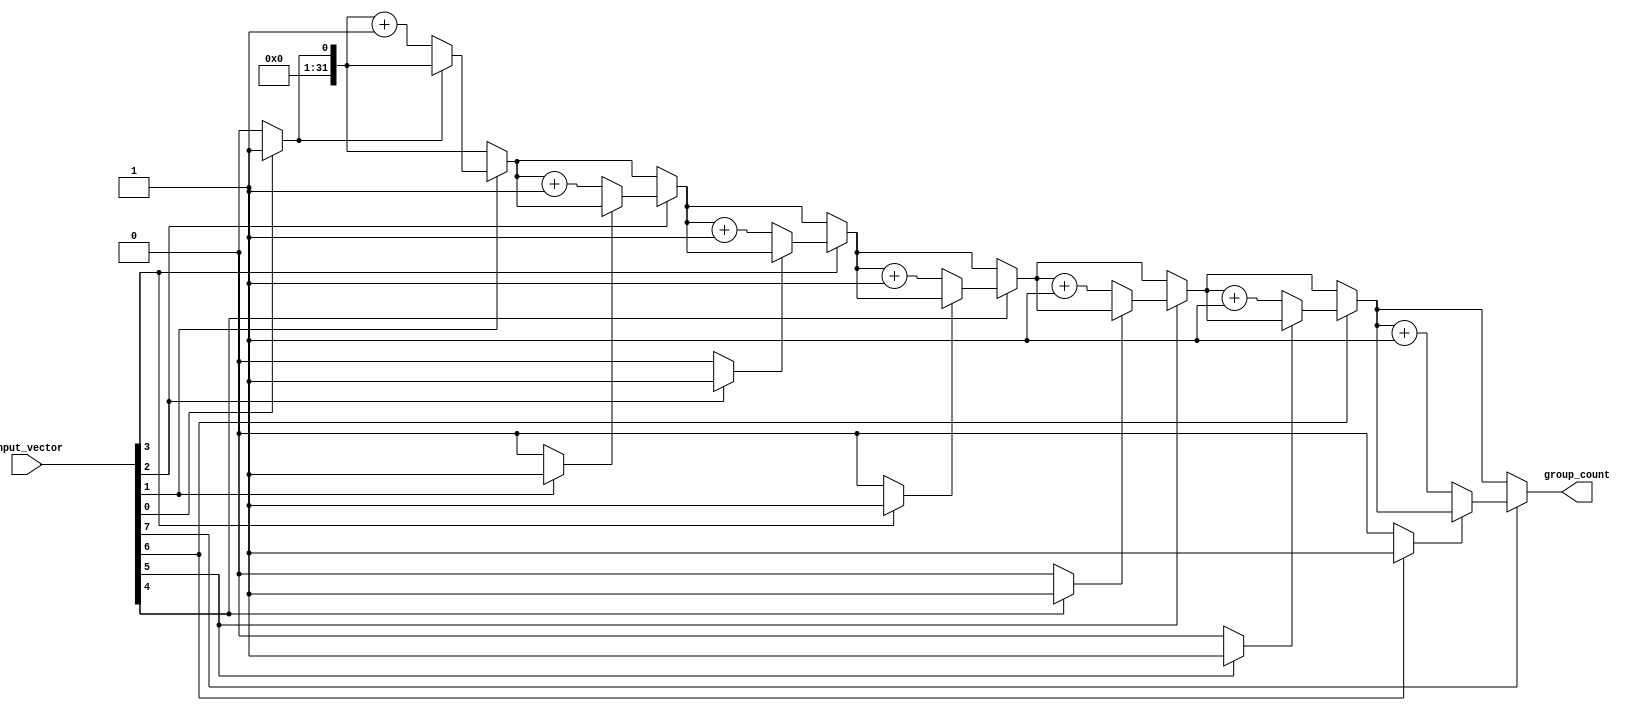
module group_counter #(
    parameter N = 8 // Size of the input vector
)(
    input  wire [N-1:0] input_vector, // Binary input vector
    output reg  [31:0]  group_count     // Output for the group count
);

    integer i; // Loop variable
    reg in_group; // Flag to track if we are in a group of '1's

    always @(*) begin
        // Initialize the group count and in_group flag
        group_count = 0;
        in_group = 0;

        // Iterate through the input vector from LSB to MSB
        for (i = 0; i < N; i = i + 1) begin
            if (input_vector[i] == 1'b1) begin
                // If current bit is '1' and we are not already in a group
                if (!in_group) begin
                    group_count = group_count + 1; // Increment group count
                    in_group = 1; // We are in a group now
                end
            end else begin
                // Current bit is '0', so we exit the group
                in_group = 0;
            end
        end
    end

endmodule